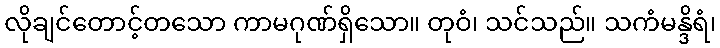
လိုချင်တောင့်တသော ကာမဂုဏ်ရှိသော။ တုဝံ၊ သင်သည်။ သကံမန္ဒိရံ၊